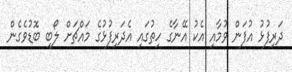
ދަރިފުޅު އުފަން ވުމާއި އެކު އޭނާގެ ހިތުގައި އެދަރިފުޅުގެ މައްޗަށް ލޯބި ބޮޑުވެގެން